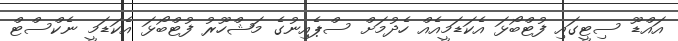
އައްޑޫ ސިޓީގައި ފުޓްބޯޅަ އެކަޑަމީއެއް ހެދުމަށް ސްޕެއިނުގެ މަޝްހޫރު ފުޓްބޯޅަ އެކަޑަމީ ނެކްސްޓް